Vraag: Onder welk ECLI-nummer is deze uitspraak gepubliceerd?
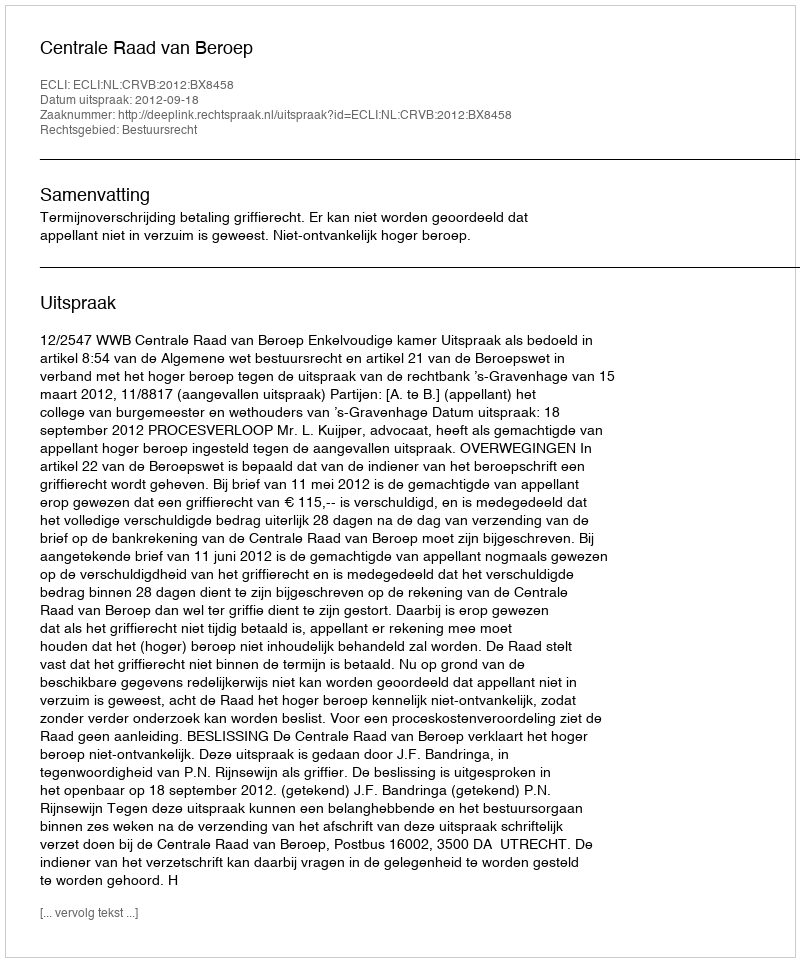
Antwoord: ECLI:NL:CRVB:2012:BX8458